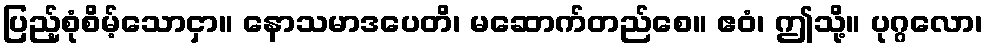
ပြည့်စုံစိမ့်သောငှာ။ နောသမာဒပေတိ၊ မဆောက်တည်စေ။ ဧဝံ၊ ဤသို့။ ပုဂ္ဂလော၊